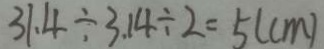
3 1 . 4 \div 3 . 1 4 \div 2 = 5 ( c m )